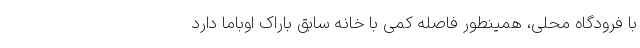
با فرودگاه محلی، همینطور فاصله کمی با خانه سابق باراک اوباما دارد